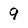
Character: 9